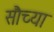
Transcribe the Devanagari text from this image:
सौच्या